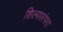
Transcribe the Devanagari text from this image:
शिल्पपरंपरा